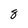
Character: 8